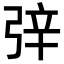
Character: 㢹